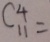
C ^ { 4 } _ { 1 1 } =